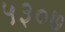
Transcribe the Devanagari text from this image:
५३०७